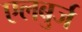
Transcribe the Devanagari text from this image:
एलबुर्ज